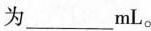
为___mL。